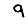
Digit: 9